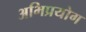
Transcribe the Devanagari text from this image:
अभिप्रयोग